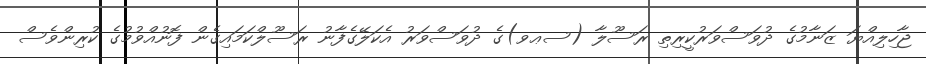
ޖާހިލިއްޔަ ޒަނާމުގެ ދުވަސްވަރުކީރިތި ރަސޫލާ (ސޢވ)ގެ ދުވަސްވަރު އެކަލޭގެފާނު ރަސޫލްކަމައިގެން ފޮނުއްވުމުގެ ކުރިންވެސް